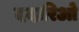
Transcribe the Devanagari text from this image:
ददारिओ